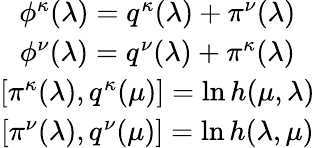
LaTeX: \begin{array}{c}{{\phi^{\kappa}(\lambda)=q^{\kappa}(\lambda)+\pi^{\nu}(\lambda)}}\\ {{\phi^{\nu}(\lambda)=q^{\nu}(\lambda)+\pi^{\kappa}(\lambda)}}\\ {{\left[\pi^{\kappa}(\lambda),q^{\kappa}(\mu)\right]=\ln h(\mu,\lambda)}}\\ {{\left[\pi^{\nu}(\lambda),q^{\nu}(\mu)\right]=\ln h(\lambda,\mu)}}\end{array}